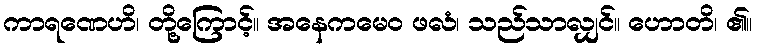
ကာရဏေဟိ၊ တို့ကြောင့်။ အနေကမေဝ ဖလံ၊ သည်သာလျှင်။ ဟောတိ၊ ၏။